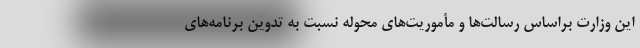
این وزارت براساس رسالت‌ها و مأموریت‌های محوله نسبت به تدوین برنامه‌های